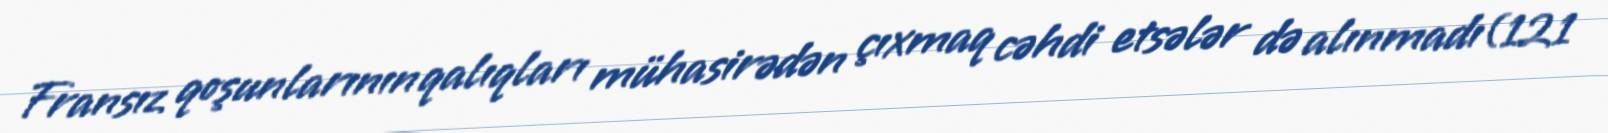
Fransız qoşunlarının qalıqları mühasirədən çıxmaq cəhdi etsələr də alınmadı(121